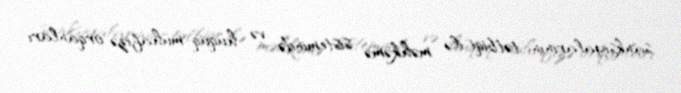
sanksiyalarının tətbiqi ilə məhkəmə sistemində və hüquq-mühafizə orqanları